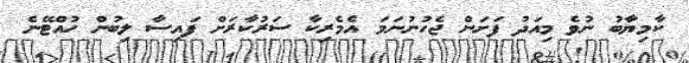
ކާމިޔާބު ނުވެ މިއަދު ފަށަން ޖެހުނުނަމަ އެމެރިކާ ސަރުކާރަށް ފައިސާ ލިބުން ހުއްޓޭނެ